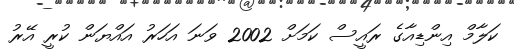
ކަލާމް އިންޑިއާގެ ރައީސް ކަމަށް 2002 ވަނަ އަހަރު އައްޔަން ކުރީ އޭރު